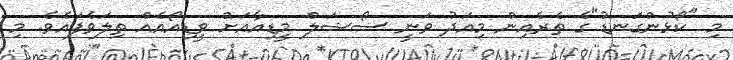
މި "ކޯޅުންގަނޑު"ގެ ތެރެއިން މިއަދު ވަނީ ސޯޝަލް މީޑިއާއަށް ވީޑިއޯއެއް ތިލަވެފައެވެ. މި